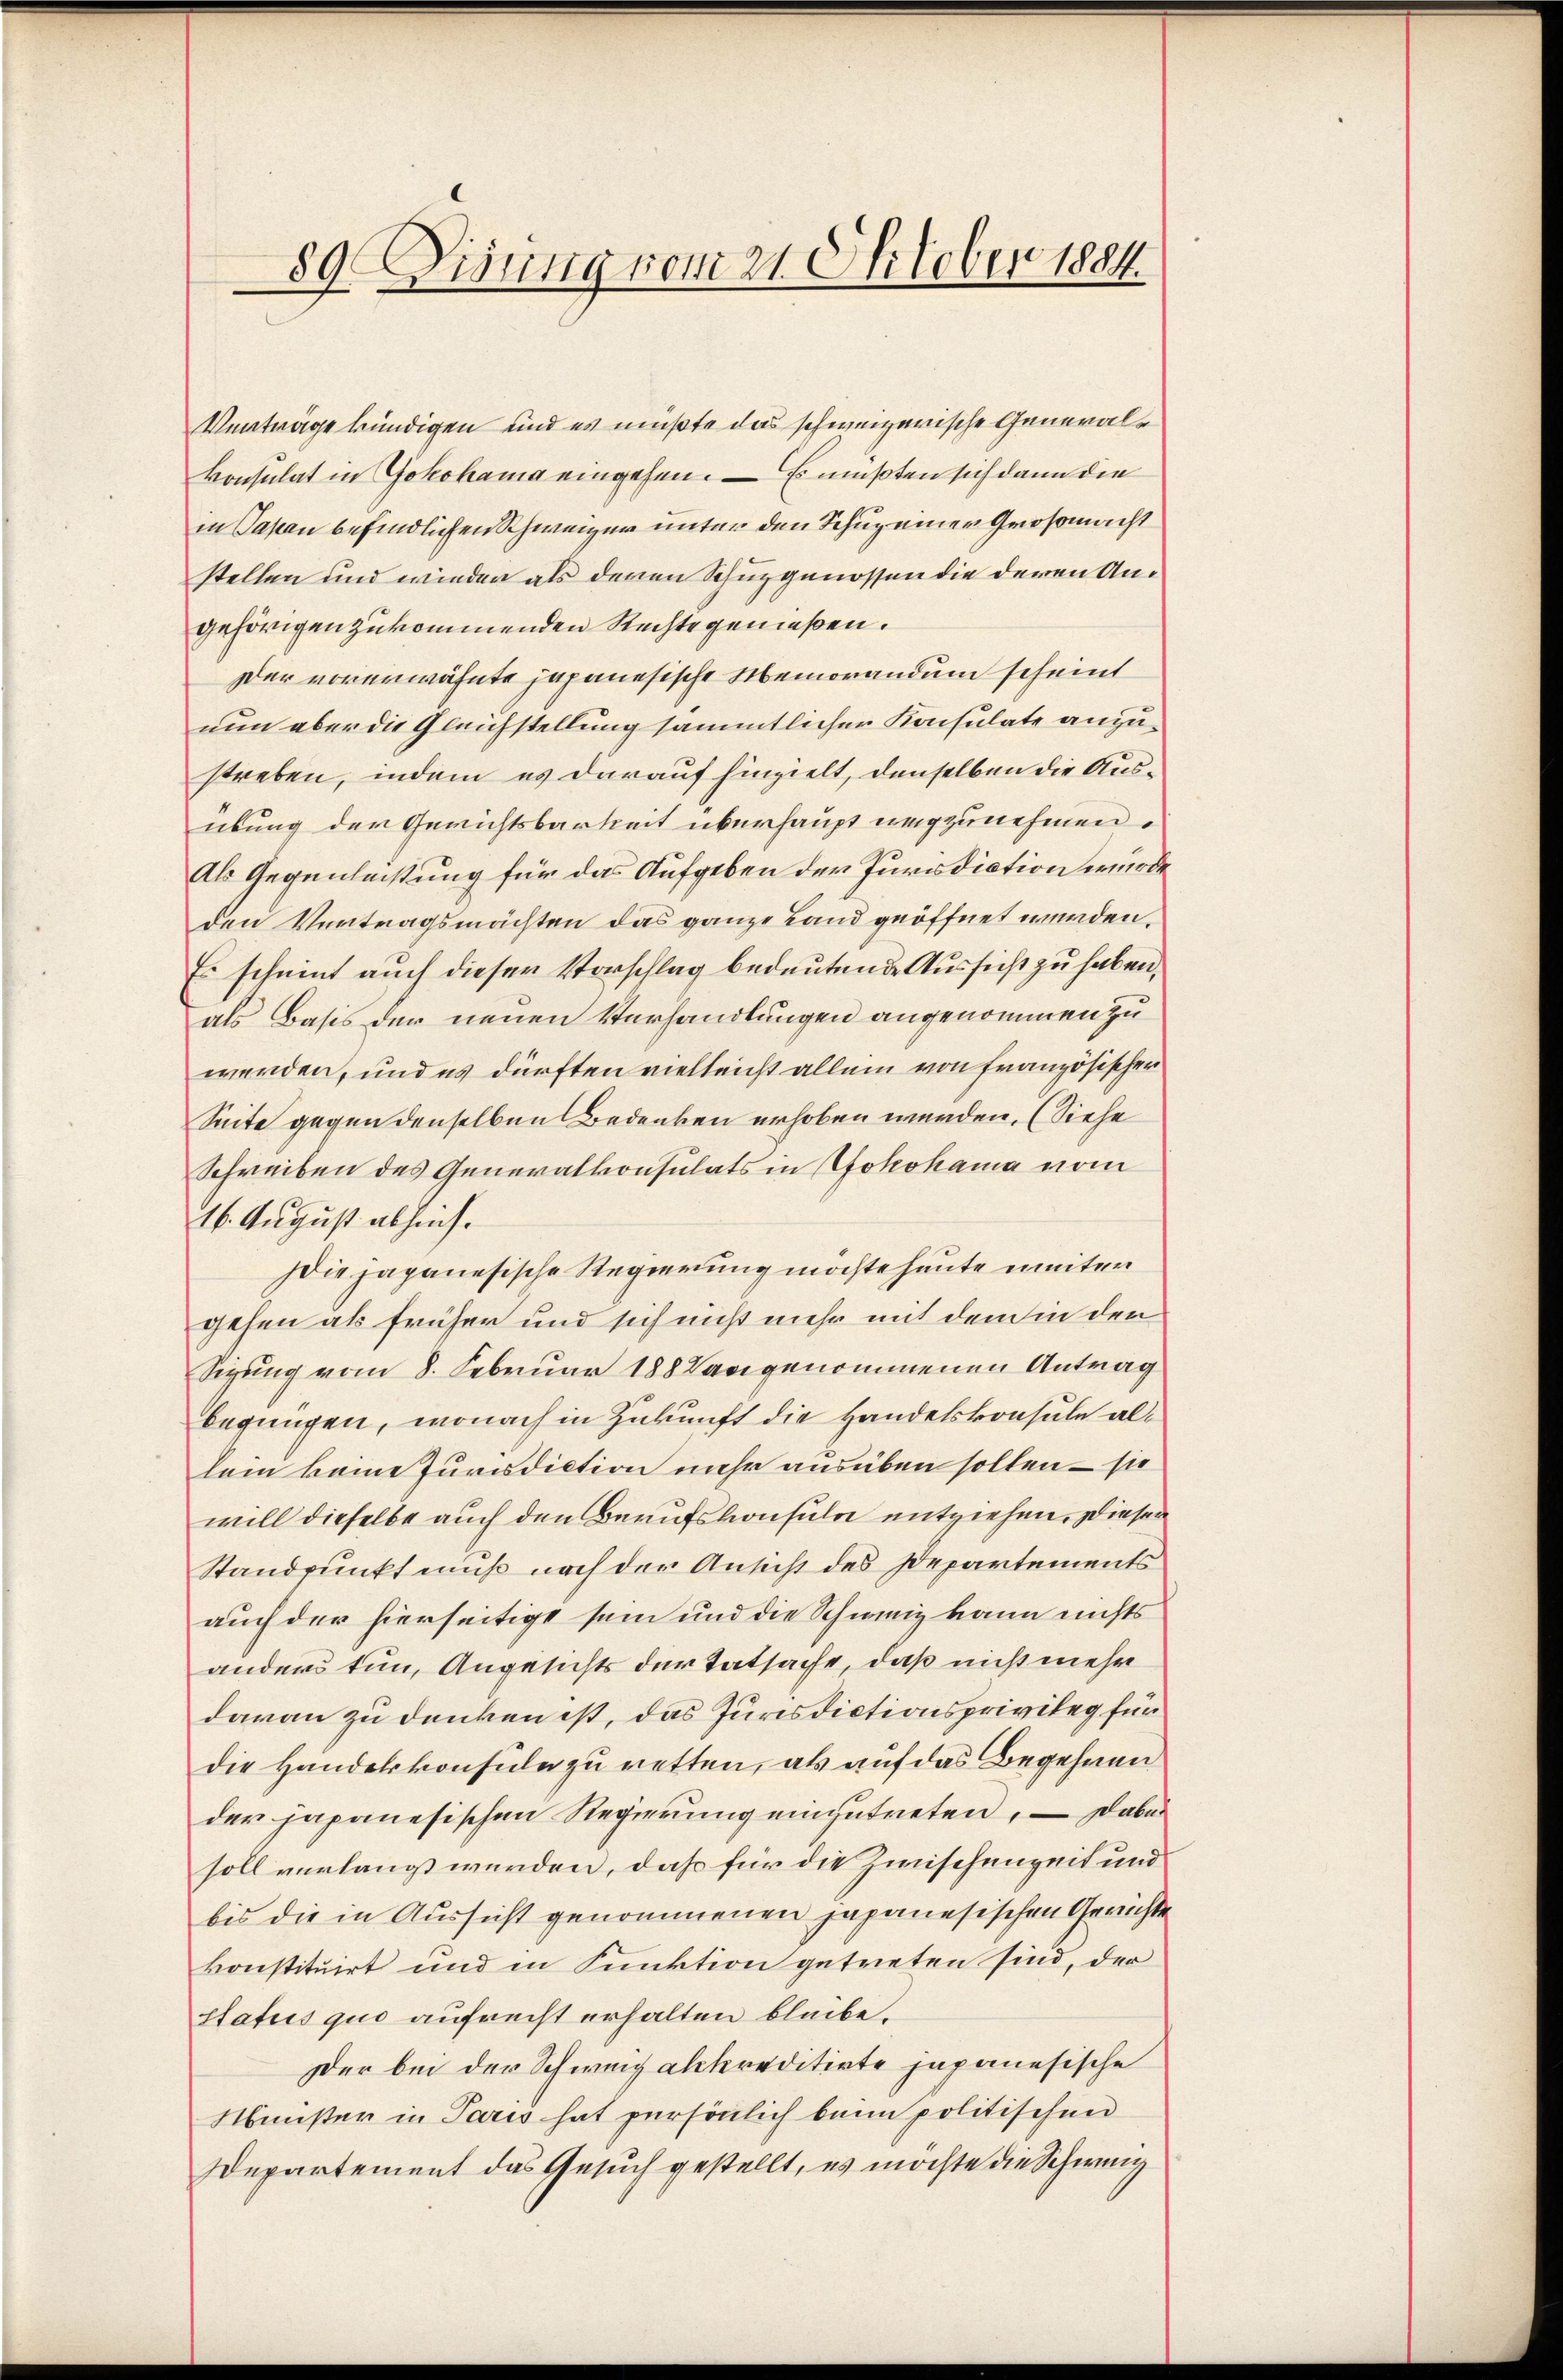
Verträge kündigen und es müßte das schweizerische Generalkonsulat in Yokohama eingehen. – Es müßten sich dann die
in Papan befindlichen Schweizer unter den Schuz einer Großmacht
stellen und wieder als denen Schuzgenossen die deren Ungehörigen zukommenden Rechte genießen.
Der vorerwähnte japanesische Memorandum scheint
nun aber die Gleichstellung sämmtlicher Konsulate anzustreben, indem es darauf hinzielt, denselben die Ausübung der Gerichtsbarkeit überhaupt wegzunehmen.
Als Gegenleistung für das Aufgeben der Jurisdiation wurde
den Vertragsmachten das ganze Land geöffnet werden.
Es scheint auch dieser Vorschlag bedeutende Aussicht zu haben,
als Basis der neuen Verhandlungen angenommen zu
werden, und es dürften vielleicht allein von französischer
Seite gegen denselben Bedenken erhoben werden. (Siehe
Schreiben des Generalkonsulats in Yokohama vom
16. August abhinf.
ie japanesische Regierung möchte heute weiten
gehen als früher und sich nicht mehr mit dem in den
Segung vom 8. Februar 1882 angenommenen Antrag
begnügen, wonach in Zukunft die Handelskonsule allein keine Jurisdiction mehr ausüben sollen – sie
will dieselbe auch den Berufskonsuln entziehen. Diesen
Standpunkt muß nach der Ansicht des Departements
auch der hierseitige sein und die Schweiz kann nichts
anders tun, Angesichts der Tatsache, daß nicht mehr
daran zu denken ist, das Jurisdictionsprivileg für
die Handelskonfide zu retten, als auf das Begehren
der japanesischen Regierung einzutreten, — Dabei
soll verlangt werden, daß für die Zwischenzeit und
bis die in Aussicht genommenen japanesischen Gerichte
konstituirt und in Funktion getreten sind, der
status quo aufrecht erhalten bleibe.
Der bei der Schweiz akkreditirte japanesische
Minster in Paris hat persönlich beim politischen
Departement das Gesuch gestellt, es möchte die Schwung

89. Visung vom 21. Oktober 1884.